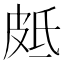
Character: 𭽣